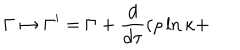
LaTeX: \Gamma \mapsto \Gamma ^ { \prime } = \Gamma + \frac { d } { d \tau } ( \rho \ln \kappa +